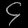
Digit: ၄